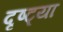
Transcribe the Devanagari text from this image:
दृष्‍ट्या